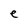
Character: e